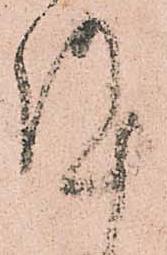
謹